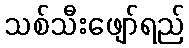
သစ်သီးဖျော်ရည်